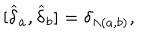
\lbrack \widehat { \delta } _ { a } , \widehat { \delta } _ { b } ] = \delta _ { \Lambda ( a , b ) } ,